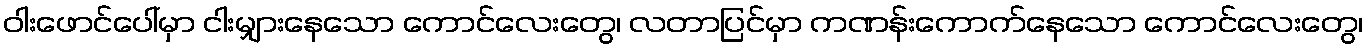
ဝါးဖောင်ပေါ်မှာ ငါးမျှားနေသော ကောင်လေးတွေ၊ လတာပြင်မှာ ကဏန်းကောက်နေသော ကောင်လေးတွေ၊